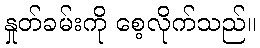
နှုတ်ခမ်းကို စေ့လိုက်သည်။